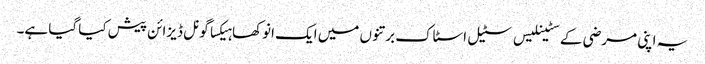
یہ اپنی مرضی کے سٹینلیس سٹیل اسٹاک برتنوں میں ایک انوکھا ہیکساگونل ڈیزائن پیش کیا گیا ہے۔